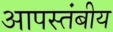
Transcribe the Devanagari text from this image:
आपस्तंबीय